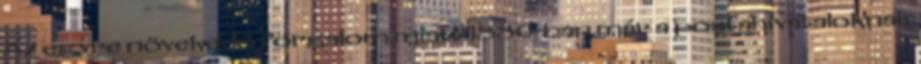
Az egyre növekedő forgalom miatt 1880-ban már a postahivataloknak